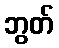
ဘွတ်